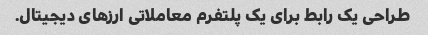
طراحی یک رابط برای یک پلتفرم معاملاتی ارزهای دیجیتال.